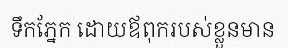
ទឹកភ្នែក ដោយឪពុករបស់ខ្លួនមាន